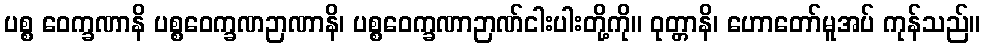
ပစ္စ ဝေက္ခဏာနိ ပစ္စဝေက္ခဏဉာဏာနိ၊ ပစ္စဝေက္ခဏာဉာဏ်ငါးပါးတို့ကို။ ဝုတ္တာနိ၊ ဟောတော်မူအပ် ကုန်သည်။